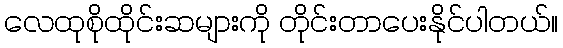
လေထုစိုထိုင်းဆများကို တိုင်းတာပေးနိုင်ပါတယ်။